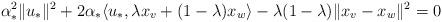
LaTeX: \begin{align*} \alpha_*^2\|u_*\|^2+2\alpha_*\langle u_*,\lambda x_v+(1-\lambda)x_w\rangle-\lambda(1-\lambda)\|x_v-x_w\|^2=0\end{align*}